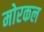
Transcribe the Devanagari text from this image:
मोरकल